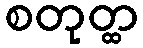
စတုတ္ထ